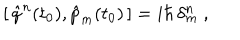
LaTeX: [ \, \hat { q } ^ { n } ( t _ { 0 } ) , \hat { p } _ { m } ( t _ { 0 } ) \, ] = i \hbar \, \delta _ { m } ^ { n } \ ,